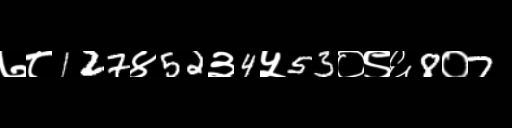
Text: ७८127४52३4५53०९६8०7